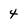
Character: 4